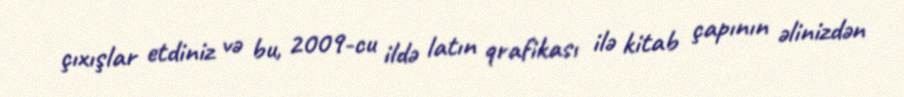
çıxışlar etdiniz və bu, 2009-cu ildə latın qrafikası ilə kitab çapının əlinizdən